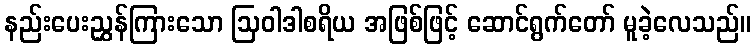
နည်းပေးညွှန်ကြားသော ဩဝါဒါစရိယ အဖြစ်ဖြင့် ဆောင်ရွက်တော် မူခဲ့လေသည်။